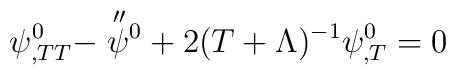
\psi^{0}_{,TT}-\stackrel{\scriptstyle\prime\prime}{\psi}\hspace{-3.5pt}\vphantom{\psi}^{0}+2(T+\Lambda)^{-1}\psi^{0}_{,T}=0